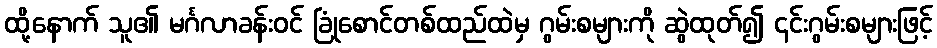
ထို့နောက် သူ၏ မင်္ဂလာခန်းဝင် ခြုံစောင်တစ်ထည်ထဲမှ ဂွမ်းစများကို ဆွဲထုတ်၍ ၎င်းဂွမ်းစများဖြင့်